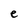
Character: e